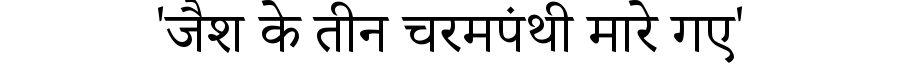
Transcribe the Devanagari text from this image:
'जैश के तीन चरमपंथी मारे गए'